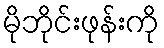
မိုဘိုင်းဖုန်းကို